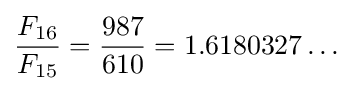
{\frac {F_{16}}{F_{15}}}={\frac {987}{610}}=1.6180327\ldots \